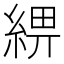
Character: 綥